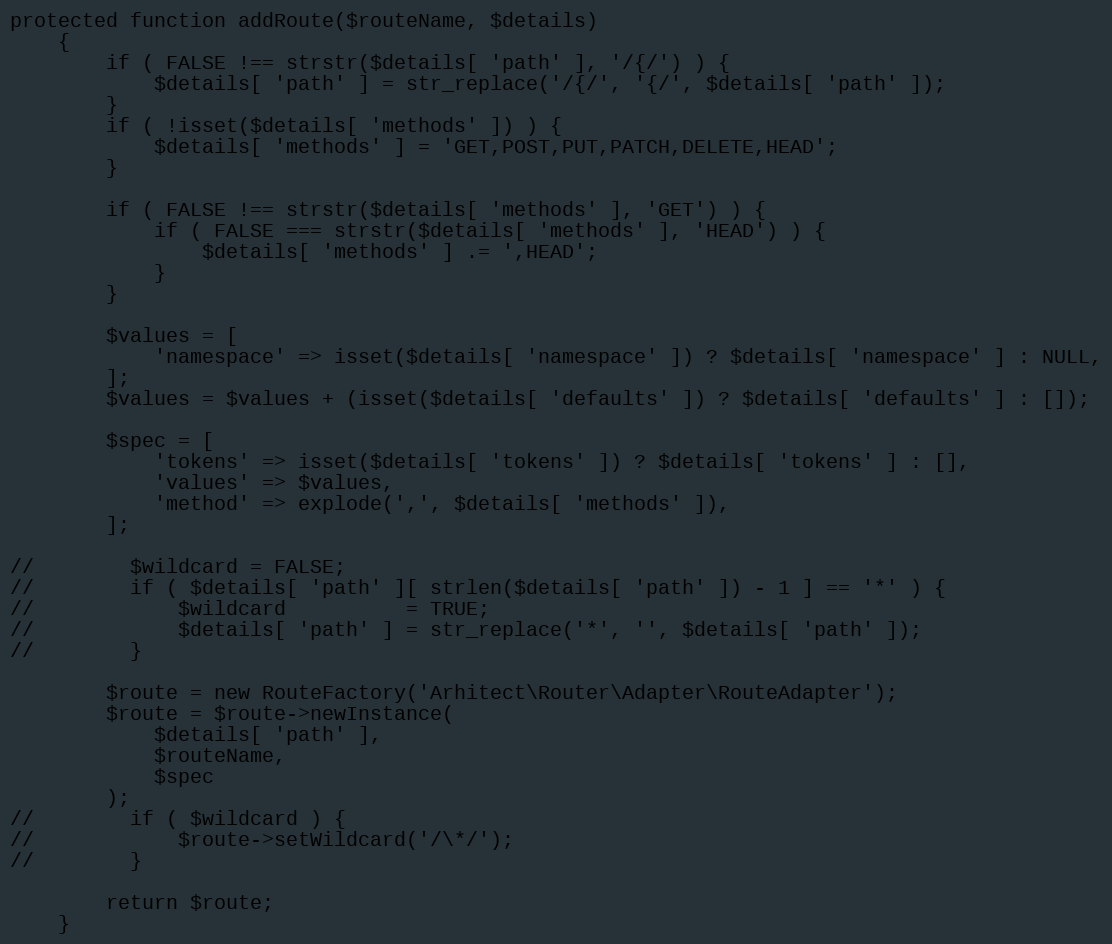
Language: PHP
protected function addRoute($routeName, $details)
    {
        if ( FALSE !== strstr($details[ 'path' ], '/{/') ) {
            $details[ 'path' ] = str_replace('/{/', '{/', $details[ 'path' ]);
        }
        if ( !isset($details[ 'methods' ]) ) {
            $details[ 'methods' ] = 'GET,POST,PUT,PATCH,DELETE,HEAD';
        }

        if ( FALSE !== strstr($details[ 'methods' ], 'GET') ) {
            if ( FALSE === strstr($details[ 'methods' ], 'HEAD') ) {
                $details[ 'methods' ] .= ',HEAD';
            }
        }

        $values = [
            'namespace' => isset($details[ 'namespace' ]) ? $details[ 'namespace' ] : NULL,
        ];
        $values = $values + (isset($details[ 'defaults' ]) ? $details[ 'defaults' ] : []);

        $spec = [
            'tokens' => isset($details[ 'tokens' ]) ? $details[ 'tokens' ] : [],
            'values' => $values,
            'method' => explode(',', $details[ 'methods' ]),
        ];

//        $wildcard = FALSE;
//        if ( $details[ 'path' ][ strlen($details[ 'path' ]) - 1 ] == '*' ) {
//            $wildcard          = TRUE;
//            $details[ 'path' ] = str_replace('*', '', $details[ 'path' ]);
//        }

        $route = new RouteFactory('Arhitect\Router\Adapter\RouteAdapter');
        $route = $route->newInstance(
            $details[ 'path' ],
            $routeName,
            $spec
        );
//        if ( $wildcard ) {
//            $route->setWildcard('/\*/');
//        }

        return $route;
    }